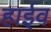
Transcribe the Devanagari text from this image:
हाईव